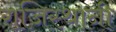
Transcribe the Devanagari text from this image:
राजिस्थानी